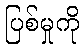
ပြစ်မှုကို